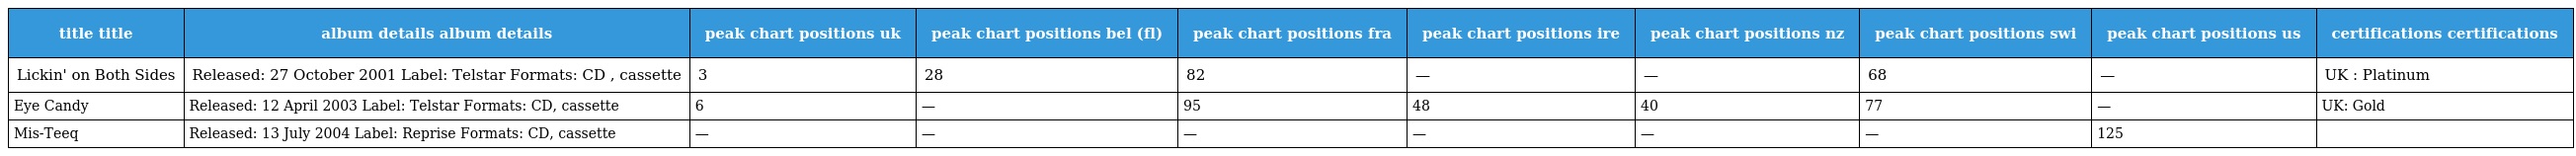
| title title | album details album details | peak chart positions uk | peak chart positions bel (fl) | peak chart positions fra | peak chart positions ire | peak chart positions nz | peak chart positions swi | peak chart positions us | certifications certifications |
 | --- | --- | --- | --- | --- | --- | --- | --- | --- | --- |
 | Lickin' on Both Sides | Released: 27 October 2001 Label: Telstar Formats: CD , cassette | 3 | 28 | 82 | — | — | 68 | — | UK : Platinum |
 | Eye Candy | Released: 12 April 2003 Label: Telstar Formats: CD, cassette | 6 | — | 95 | 48 | 40 | 77 | — | UK: Gold |
 | Mis-Teeq | Released: 13 July 2004 Label: Reprise Formats: CD, cassette | — | — | — | — | — | — | 125 |  |